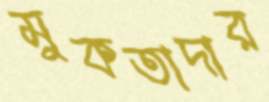
মুকতাদার